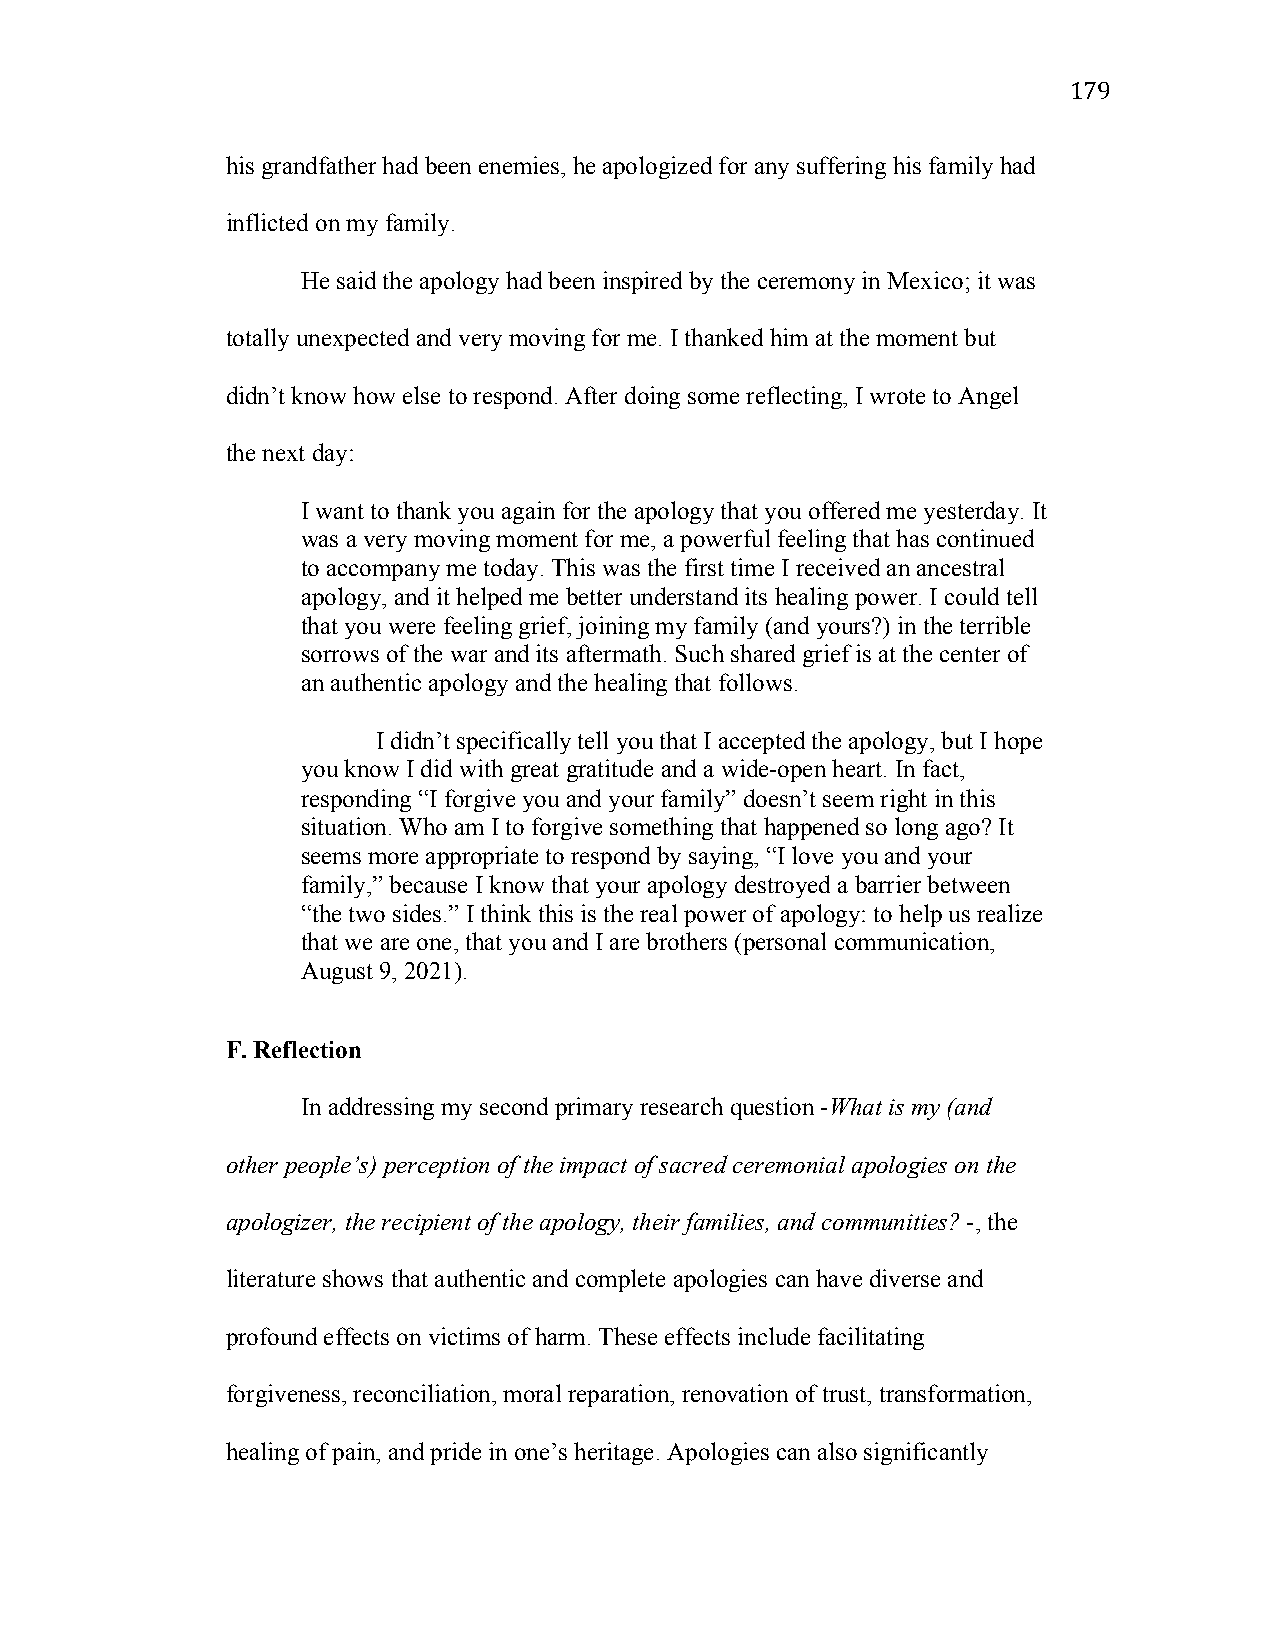
179
 his grandfather had been enemies, he apologized for any suffering his family had
 inflicted on my family.
 He said the apology had been inspired by the ceremony in Mexico; it was
 totally unexpected and very moving for me. I thanked him at the moment but
 didn’t know how else to respond. After doing some reflecting, I wrote to Angel
 the next day:
 I want to thank you again for the apology that you offered me yesterday. It
 was a very moving moment for me, a powerful feeling that has continued
 to accompany me today. This was the first time I received an ancestral
 apology, and it helped me better understand its healing power. I could tell
 that you were feeling grief, joining my family (and yours?) in the terrible
 sorrows of the war and its aftermath. Such shared grief is at the center of
 an authentic apology and the healing that follows.
 I didn’t specifically tell you that I accepted the apology, but I hope
 you know I did with great gratitude and a wide-open heart. In fact,
 responding “I forgive you and your family” doesn’t seem right in this
 situation. Who am I to forgive something that happened so long ago? It
 seems more appropriate to respond by saying, “I love you and your
 family,” because I know that your apology destroyed a barrier between
 “the two sides.” I think this is the real power of apology: to help us realize
 that we are one, that you and I are brothers (personal communication,
 August 9, 2021).
 F. Reflection
 In addressing my second primary research question -What is my (and
 other people’s) perception of the impact of sacred ceremonial apologies on the
 apologizer, the recipient of the apology, their families, and communities? -, the
 literature shows that authentic and complete apologies can have diverse and
 profound effects on victims of harm. These effects include facilitating
 forgiveness, reconciliation, moral reparation, renovation of trust, transformation,
 healing of pain, and pride in one’s heritage. Apologies can also significantly